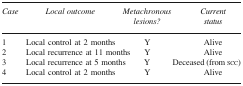
<table><thead><tr><td><b>Case</b></td><td><b>Local outcome</b></td><td><b>Metachronous lesions?</b></td><td><b>Current status</b></td></tr></thead><tbody><tr><td>1</td><td>Local control at 2 months</td><td>Y</td><td>Alive</td></tr><tr><td>2</td><td>Local recurrence at 11 months</td><td>Y</td><td>Alive</td></tr><tr><td>3</td><td>Local recurrence at 5 months</td><td>Y</td><td>Deceased (from scc)</td></tr><tr><td>4</td><td>Local control at 2 months</td><td>Y</td><td>Alive</td></tr></tbody></table>